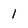
Character: l